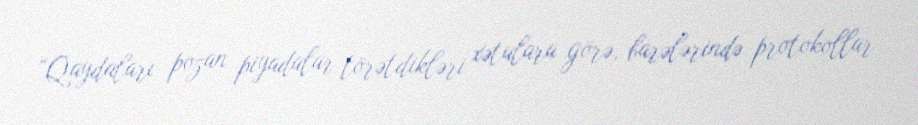
“Qaydaları pozan piyadalar törətdikləri xətalara görə, barələrində protokollar